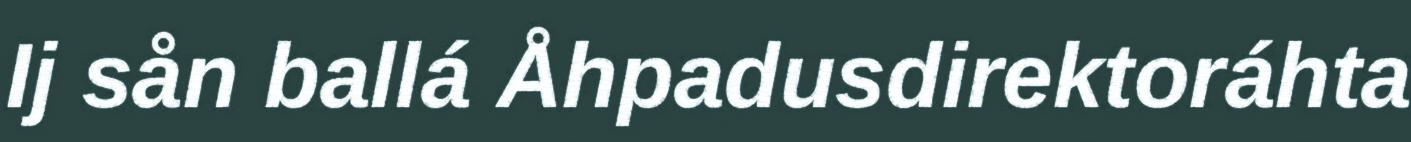
Ij sån ballá Åhpadusdirektoráhta